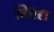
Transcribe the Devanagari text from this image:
विएरा